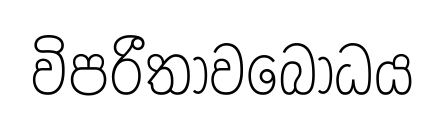
විපරීතාවබෝධය